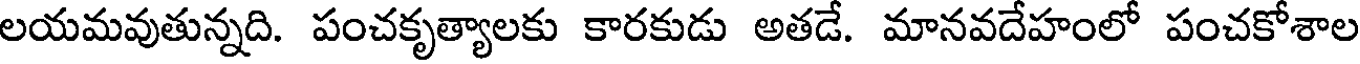
లయమవుతున్నది. పంచకృత్యాలకు కారకుడు అతడే. మానవదేహంలో పంచకోశాల